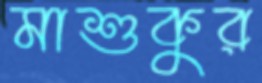
মাশুকুর